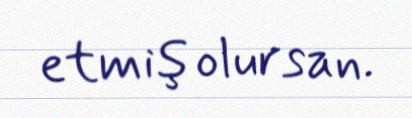
etmiş olursan.